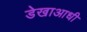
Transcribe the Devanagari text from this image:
डेखाआधी